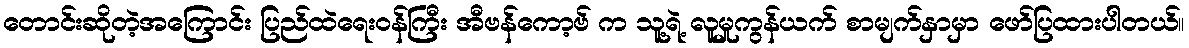
တောင်းဆိုတဲ့အကြောင်း ပြည်ထဲရေးဝန်ကြီး အီဗန်ကော့ဗ် က သူ့ရဲ့ လူမှုကွန်ယက် စာမျက်နှာမှာ ဖော်ပြထားပါတယ်။